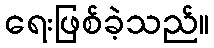
ရေးဖြစ်ခဲ့သည်။